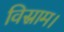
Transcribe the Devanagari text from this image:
विस्राम।